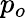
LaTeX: p_{o}